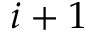
i + 1